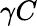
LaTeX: \gamma C